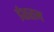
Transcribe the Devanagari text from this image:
ईशराम